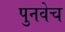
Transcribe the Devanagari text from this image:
पुनवेच